Reports on military cantonments and civil stations in the Presidency of Bombay inspected by the Sanitary Commissioner in the years 1875 and 1876
Year: 1875
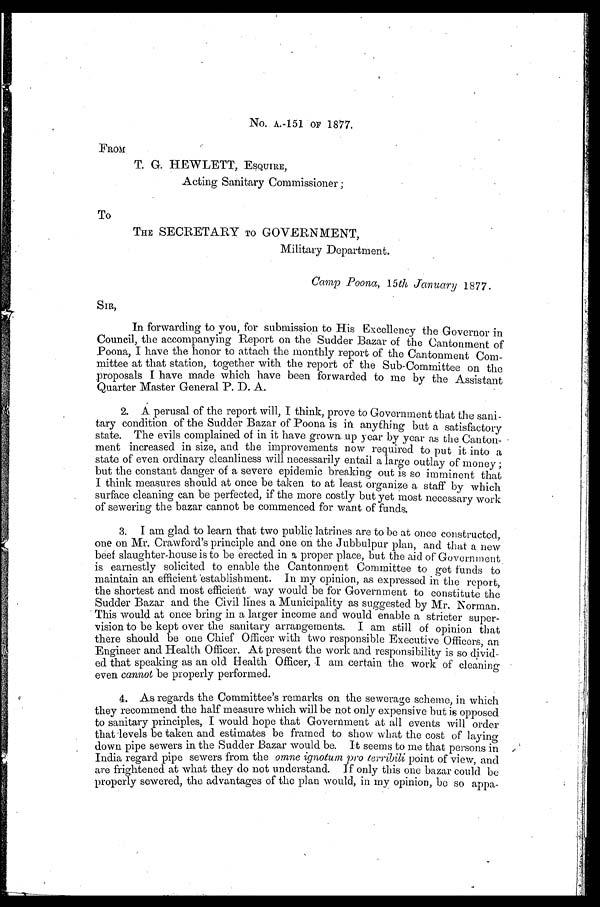
No. A.-151 OF 1877.
FROM
T. G. HEWLETT, ESQUIRE,
Acting Sanitary Commissioner;
To
THE SECRETARY TO GOVERNMENT,
Military Department.
Camp Poona, 15th January 1877.
SIR,
In forwarding to you, for submission to His Excellency the Governor in
Council, the accompanying Report on the Sudder Bazar of the Cantonment of
Poona, I have the honor to attach the monthly report of the Cantonment Com
-mittee at that station, together with the report of the Sub-Committee on the
proposals I have made which have been forwarded to me by the Assistant
Quarter Master General P. D. A.
2. A perusal of the report will, I think, prove to Government that the sani--
tary condition of the Sudder Bazar of Poona is in anything but a satisfactory
state. The evils complained of in it have grown up year by year as the Canton
-ment increased in size, and the improvements now required to put it into a
state of even ordinary cleanliness will necessarily entail a large outlay of money;
but the constant danger of a severe epidemic breaking out is so imminent that
I think measures should at once be taken to at least organize a staff by which
surface cleaning can be perfected, if the more costly but yet most necessary work
of sewering the bazar cannot be commenced for want of funds.
3. I am glad to learn that two public latrines are to be at once constructed,
one on Mr. Crawford's principle and one on the Jubbulpur plan, and that a new
beef slaughter-house is to be erected in a proper place, but the aid of Government
is earnestly solicited to enable the Cantonment Committee to get funds to
maintain an efficient establishment. In my opinion, as expressed in the report,
the shortest and most efficient way would be for Government to constitute the
Sudder Bazar and the Civil lines a Municipality as suggested by Mr. Norman.
This would at once bring in a larger income and would enable a stricter super
-vision to be kept over the sanitary arrangements. I am still of opinion that
there should be one Chief Officer with two responsible Executive Officers, an
Engineer and Health Officer. At present the work and responsibility is so divid-
-ed that speaking as an old Health Officer, I am certain the work of cleaning
even cannot be properly performed.
4. As regards the Committee's remarks on the sewerage scheme, in which
they recommend the half measure which will be not only expensive but is opposed
to sanitary principles, I would hope that Government at all events will order
that levels be taken and estimates be framed to show what the cost of laying
down pipe sewers in the Sudder Bazar would be. It seems to me that persons in
India regard pipe sewers from the omne ignotum pro terribili point of view, and
are frightened at what they do not understand. If only this one bazar could be
properly sewered, the advantages of the plan would, in my opinion, be so appa-